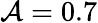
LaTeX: \mathcal{A}=0.7